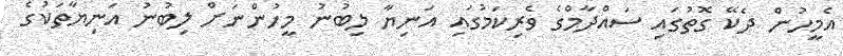
އެމީހުން ދެކޭ ގޮތުގައި ސައްދާމްގެ ވެރިކަމުގައި އަނިޔާ ލިބުނު މީހުންނަށް ލިބުނު އަނިޔާތަކުގެ